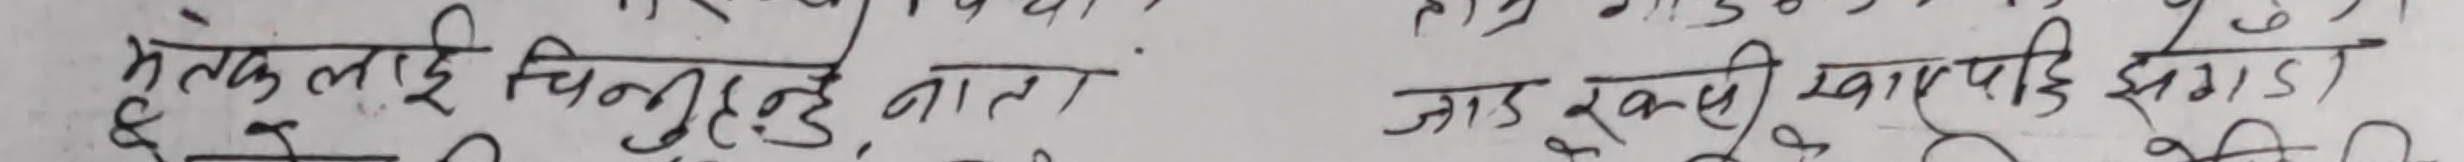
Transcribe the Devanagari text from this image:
भृकुटीलाई चिन्यो नाता
जाड रुक्पी खायपछि झगडा